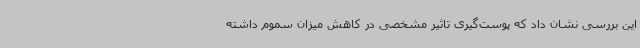
این بررسی نشان داد که پوست‌گیری تاثیر مشخصی در کاهش میزان سموم داشته